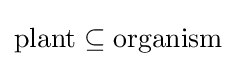
{\text{plant}}\subseteq {\text{organism}}